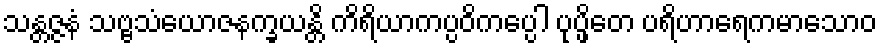
သန္တဇ္ဇနံ သဗ္ဗသံယောဇနက္ခယန္တိ ကိရိယာကပ္ပဝိကပ္ပေါ ပုပ္ဖိတေ ပရိဟာရေကမာသောဝ